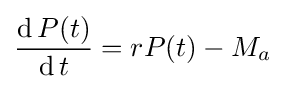
{\operatorname {d} P(t) \over \operatorname {d} t}=rP(t)-M_{a}